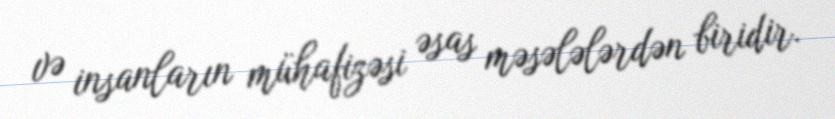
və insanların mühafizəsi əsas məsələlərdən biridir.